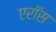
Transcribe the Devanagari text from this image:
एरॉस